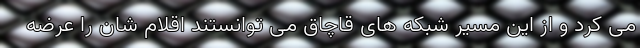
می کرد و از این مسیر شبکه های قاچاق می توانستند اقلام شان را عرضه